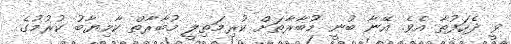
ވީ ދެހަފުތާ އެވެ. އޭނާ ބުނީ މުބާރާތަށް ކުރިމަތިލީ މުބާރާތް ކާމިޔާބު ކުރުމުގެ